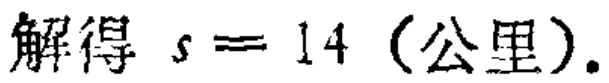
解得 \(s = 14\)（公里）.